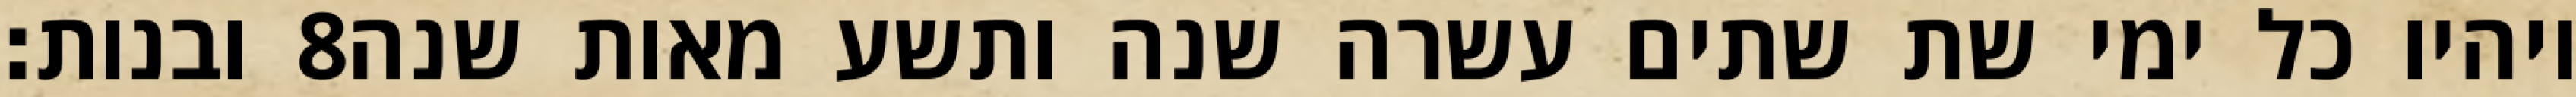
ובנות׃ ‎8‏ ויהיו כל ימי שת שתים עשרה שנה ותשע מאות שנה